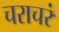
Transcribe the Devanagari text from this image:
चराचरं